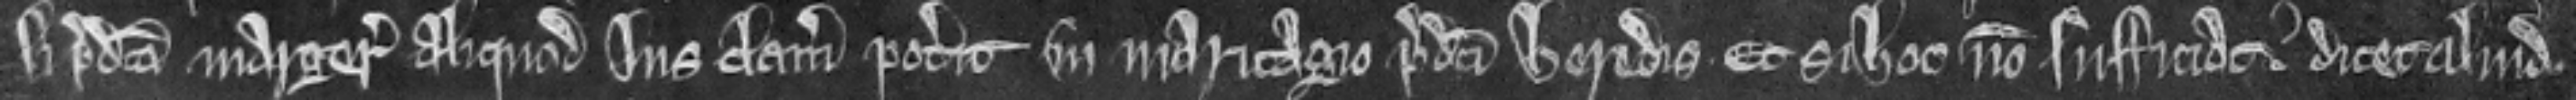
si predicta Margeria aliquod jus clamare poterit in maritagio predicti heredis et si hoc non sufficiat dicet aliud.